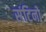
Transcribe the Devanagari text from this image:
संटिनो